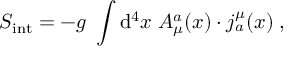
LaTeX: S _ { \mathrm { i n t } } = - g \; \int \mathrm { d } ^ { 4 } x \; A _ { \mu } ^ { a } ( x ) \cdot j _ { a } ^ { \mu } ( x ) \; ,